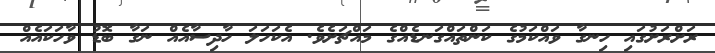
ރަށްރަށުގައި ހިނގާ ވައްކަމުގެ ކަންތައްގަނޑެއްގެ މައްޗަށެވެ. އެކަހަލަ ހާދިސާއެއް ނަގާ ބޮޑު ވާހަކައެއް